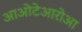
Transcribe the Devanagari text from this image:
आओटेआरोआ